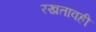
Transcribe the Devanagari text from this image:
रखतावही